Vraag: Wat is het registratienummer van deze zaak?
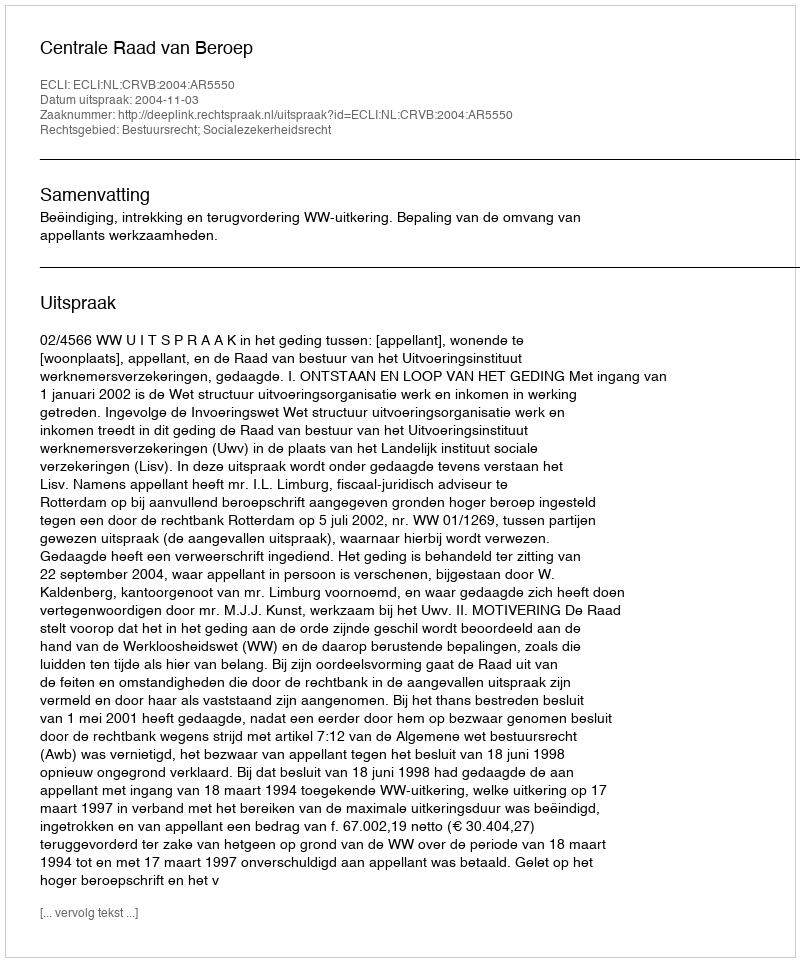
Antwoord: http://deeplink.rechtspraak.nl/uitspraak?id=ECLI:NL:CRVB:2004:AR5550